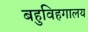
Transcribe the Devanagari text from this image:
बहुविहगालय